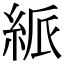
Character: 𥿯